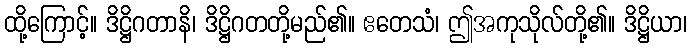
ထို့ကြောင့်။ ဒိဋ္ဌိဂတာနိ၊ ဒိဋ္ဌိဂတတို့မည်၏။ ဧတေသံ၊ ဤအကုသိုလ်တို့၏။ ဒိဋ္ဌိယာ၊